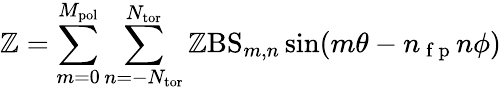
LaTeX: \mathbb{Z}=\sum_{m=0}^{M_{\mathrm{{pol}}}}\sum_{n=-N_{\mathrm{{tor}}}}^{N_{\mathrm{{tor}}}}\mathrm{{\mathbb{Z}BS}}_{m,n}\sin(m\theta-n_{\mathrm{{~f~p~}}}n\phi)